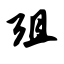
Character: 殂